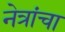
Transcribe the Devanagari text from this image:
नेत्रांचा